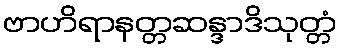
ဗာဟိရာနတ္တဆန္ဒာဒိသုတ္တံ